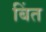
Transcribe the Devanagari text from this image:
बिंत